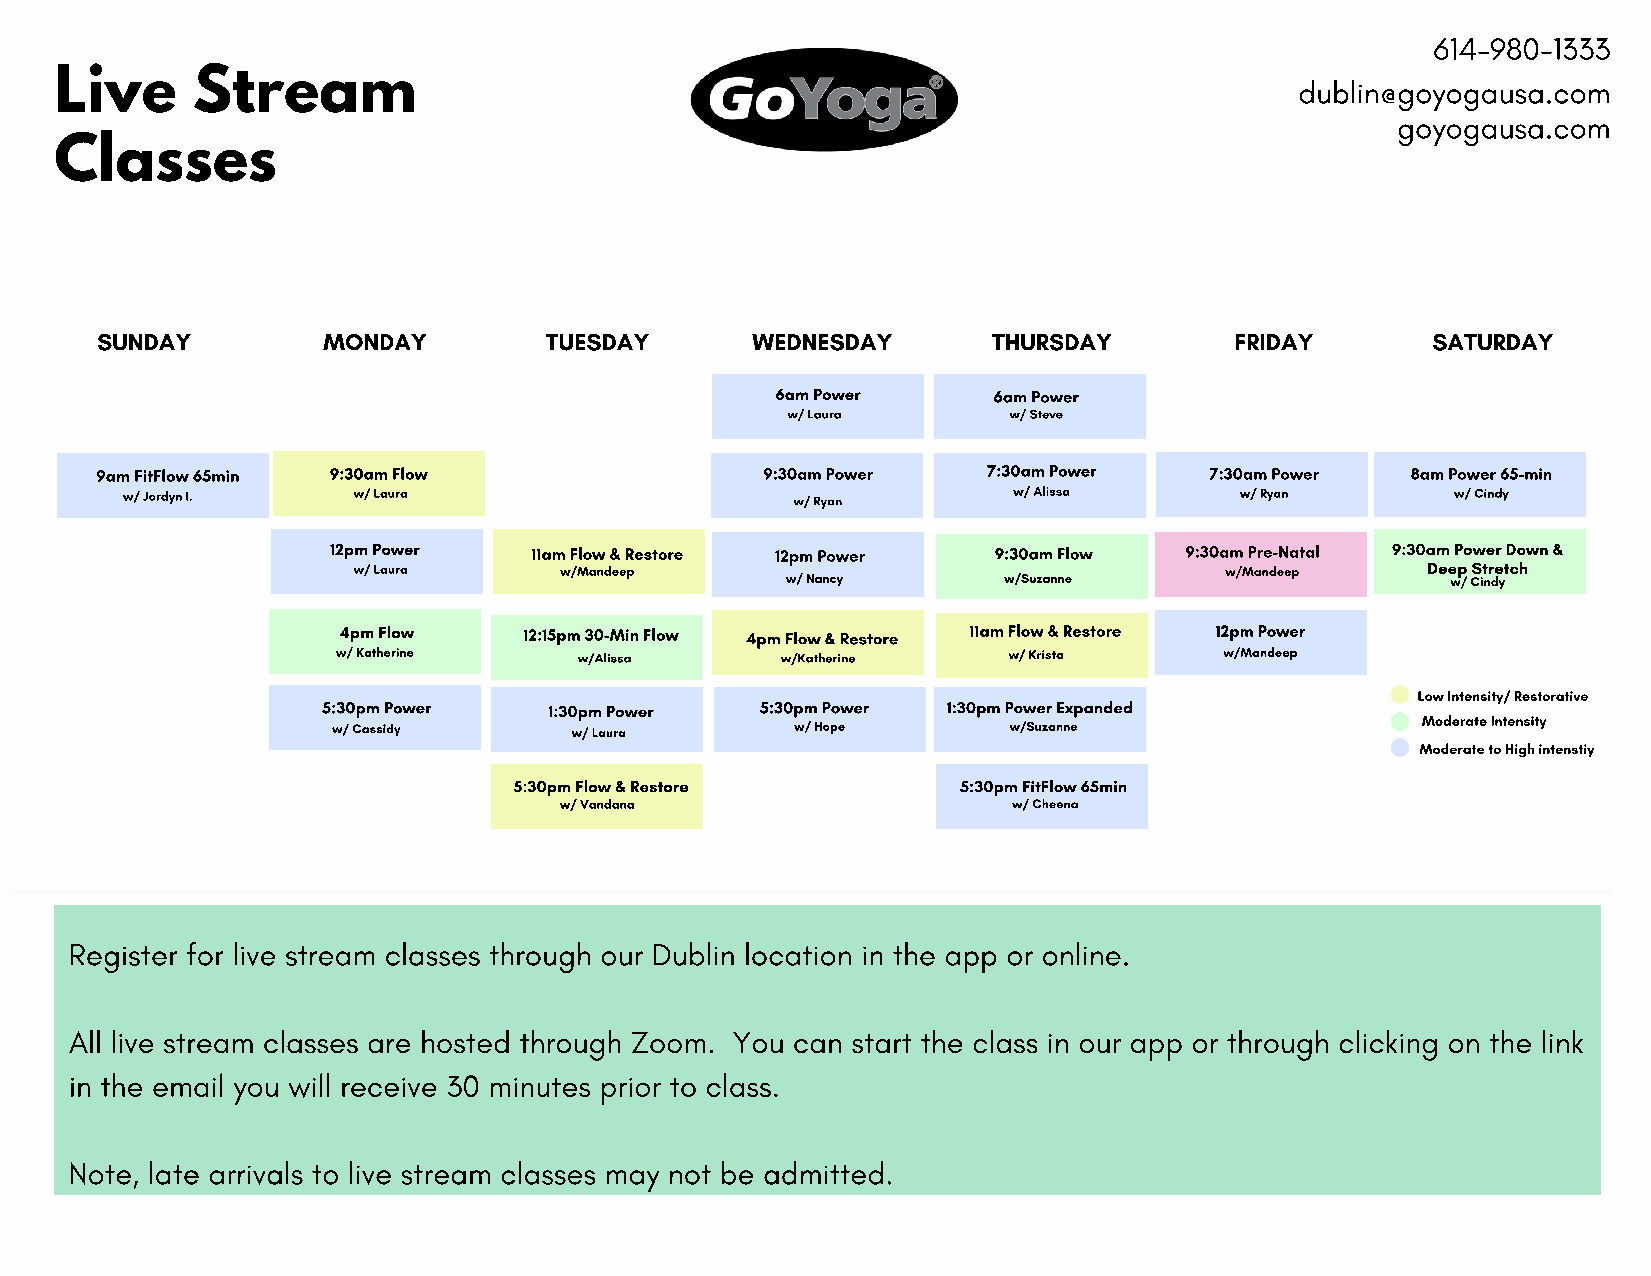
614-980-1333
 Live     Stream                                                                   dublin@goyogausa.com
 goyogausa.com
 Classes
 SUNDAY         MONDAY         TUESDAY       WEDNESDAY       THURSDAY        FRIDAY       SATURDAY
 6am Power      6am Power
 w/ Laura       w/ Steve
 9am FitFlow 65min 9:30am Flow                9:30am Power  7:30am Power   7:30am Power 8am Power 65-min
 w/ Jordyn I.   w/ Laura                      w/ Ryan       w/ Alissa      w/ Ryan       w/ Cindy
 12pm Power   11am Flow & Restore 12pm Power 9:30am Flow 9:30am Pre-Natal 9:30am Power Down &
 w/ Laura      w/Mandeep                                   w/Mandeep    Deep Stretch
 w/ Nancy      w/Suzanne                     w/ Cindy
 4pm Flow     12:15pm 30-Min Flow 4pm Flow & Restore 11am Flow & Restore 12pm Power
 w/ Katherine    w/Alissa      w/Katherine    w/ Krista     w/Mandeep
 Low Intensity/ Restorative
 5:30pm Power   1:30pm Power  5:30pm Power 1:30pm Power Expanded
 Moderate Intensity
 w/ Cassidy      w/ Laura       w/ Hope       w/Suzanne
 Moderate to High intenstiy
 5:30pm Flow & Restore         5:30pm FitFlow 65min
 w/ Vandana                    w/ Cheena
 Register for live stream classes through our Dublin location in the app or online.
 All live stream classes are hosted through Zoom. You can start the class in our app or through clicking on the link
 in the email you will receive 30 minutes prior to class.
 Note, late arrivals to live stream classes may not be admitted.